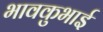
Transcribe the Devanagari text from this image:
भावकुभाई